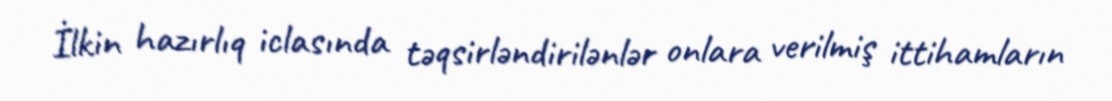
İlkin hazırlıq iclasında təqsirləndirilənlər onlara verilmiş ittihamların